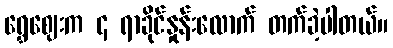
ရွှေဈေးက ၄ ရာခိုင်နှုန်းလောက် တက်ခဲ့ပါတယ်။